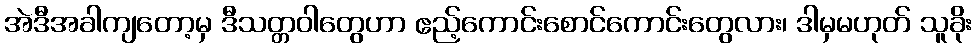
အဲဒီအခါကျတော့မှ ဒီသတ္တဝါတွေဟာ ဧည့်ကောင်းစောင်ကောင်းတွေလား၊ ဒါမှမဟုတ် သူခိုး